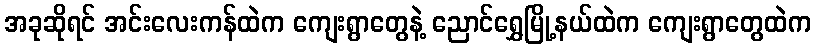
အခုဆိုရင် အင်းလေးကန်ထဲက ကျေးရွာတွေနဲ့ ညောင်ရွှေမြို့နယ်ထဲက ကျေးရွာတွေထဲက